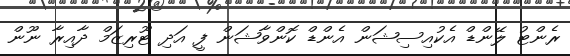
ރެންޓު ލޭންޑް އެކުއިސިޝަން އެންޑް ކޮންވާޝަން ފީ އަދި ޓޫރިޒަމް ދާއިރާ ނޫން